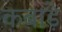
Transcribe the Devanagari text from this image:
कबाड़े